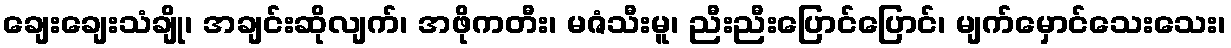
ချေးချေးသံချို၊ အချင်းဆိုလျက်၊ အဖိုကတီး၊ မဇံသီးမူ၊ ညီးညီးပြောင်ပြောင်၊ မျက်မှောင်သေးသေး၊